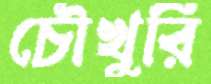
চৌখুরি